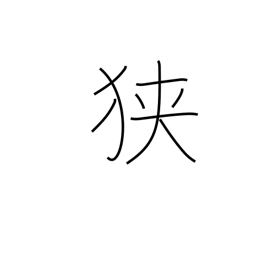
Meaning: tight